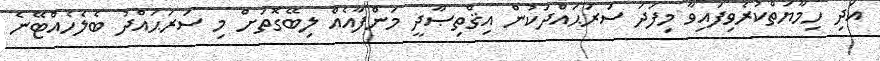
އަދި ހިމާޔަތްކުރެވިފައިވާ މިފަދަ ސަރަޙައްދަކުން އިޤްތިޞާދީ މަންފާއެއް ލިބޭގޮތަށް މި ސަރަޙައްދު ބެލެހެއްޓޭނެ